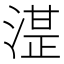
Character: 𰜦